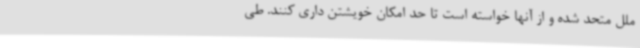
ملل متحد شده و از آنها خواسته است تا حد امکان خویشتن داری کنند. طی